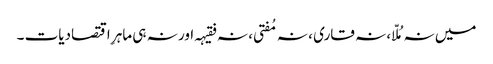
میں نہ مُلّا ، نہ قاری ، نہ مُفتی ، نہ فقیہہ اور نہ ہی ماہرِ اقتصادیات ۔